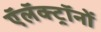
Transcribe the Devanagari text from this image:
ऍलॅक्ट्रॉनों